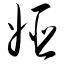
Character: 姬